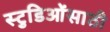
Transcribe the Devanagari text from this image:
स्टुडिओंसाठी